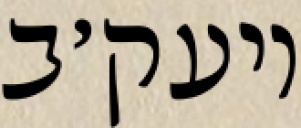
ויעק׳ב